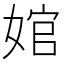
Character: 婠